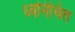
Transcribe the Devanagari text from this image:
ध्वनिचित